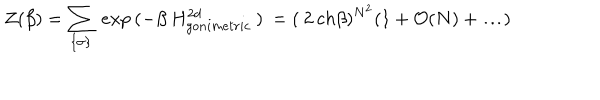
LaTeX: Z ( \beta ) = \sum _ { \{ \sigma \} } \: e x p \: ( - \beta \: H _ { g o n i m e t r i c } ^ { 2 d } \: ) \: = ( \: 2 \: c h \beta ) ^ { N ^ { 2 } } ( 1 + { \cal O } ( N ) + \ldots )